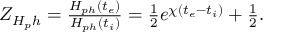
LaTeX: \begin{array} { l } { { Z _ { H _ { p } h } = \frac { H _ { p h } ( t _ { e } ) } { H _ { p h } ( t _ { i } ) } = \frac { 1 } { 2 } e ^ { \chi ( t _ { e } - t _ { i } ) } + \frac { 1 } { 2 } . } } \end{array}